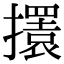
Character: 𢸃